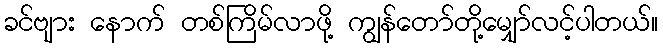
ခင်ဗျား နောက် တစ်ကြိမ်လာဖို့ ကျွန်တော်တို့မျှော်လင့်ပါတယ်။